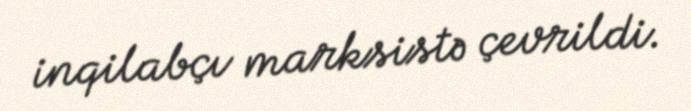
inqilabçı marksistə çevrildi.